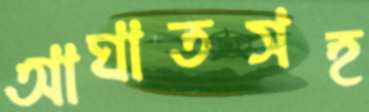
আঘাতসহ